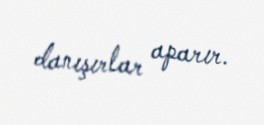
danışırlar aparır.